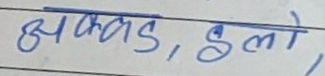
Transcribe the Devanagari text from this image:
भकड, डेलो